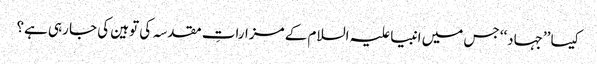
کیسا ’’جہاد‘‘ جس میں انبیا علیہ السلام کے مزاراتِ مقدسہ کی توہین کی جا رہی ہے؟